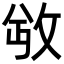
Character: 𫾮